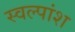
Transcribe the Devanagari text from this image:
स्वल्पांश